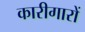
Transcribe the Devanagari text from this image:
कारीगारों